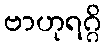
ဗာဟုရဂ္ဂိ